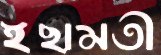
ইছামতী